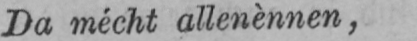
Da mécht allenènnen,